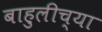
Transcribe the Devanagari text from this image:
बाहुलीच्या